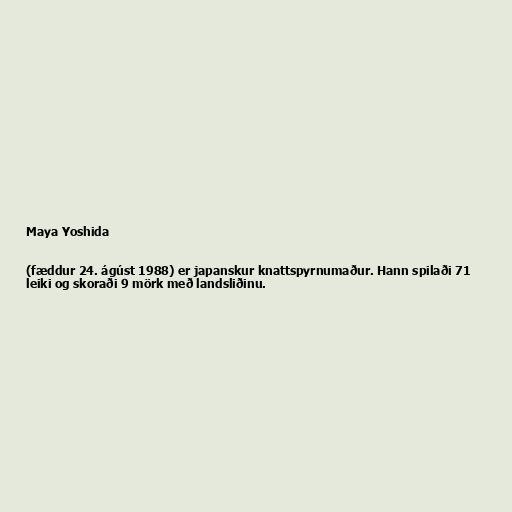
Maya Yoshida

(fæddur 24. ágúst 1988) er japanskur knattspyrnumaður. Hann spilaði 71
leiki og skoraði 9 mörk með landsliðinu.